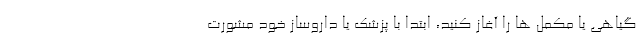
گیاهی یا مکمل ها را آغاز کنید، ابتدا با پزشک یا داروساز خود مشورت